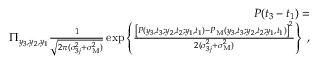
\begin{array} { r l r } & { } & { P ( t _ { 3 } - t _ { 1 } ) = } \\ & { } & { \Pi _ { y _ { 3 } , y _ { 2 } , y _ { 1 } } \frac { 1 } { \sqrt { 2 \pi ( \sigma _ { 3 j } ^ { 2 } + \sigma _ { \mathrm { M } } ^ { 2 } ) } } \exp \left\{ \frac { \left[ P ( y _ { 3 } , t _ { 3 } ; y _ { 2 } , t _ { 2 } ; y _ { 1 } , t _ { 1 } ) - P _ { \mathrm { M } } ( y _ { 3 } , t _ { 3 } ; y _ { 2 } , t _ { 2 } ; y _ { 1 } , t _ { 1 } ) \right] ^ { 2 } } { 2 ( \sigma _ { 3 j } ^ { 2 } + \sigma _ { \mathrm { M } } ^ { 2 } ) } \right\} \; , } \end{array}